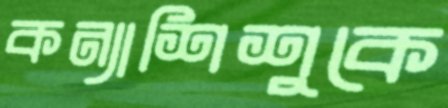
কন্যাশিশুকে